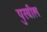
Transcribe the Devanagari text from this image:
पुरवील